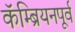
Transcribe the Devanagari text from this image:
कॅम्ब्रियनपूर्व